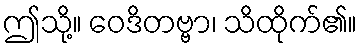
ဤသို့။ ဝေဒိတဗ္ဗာ၊ သိထိုက်၏။